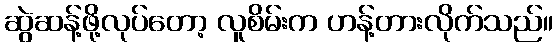
ဆွဲဆန့်ဖို့လုပ်တော့ လူစိမ်းက ဟန့်တားလိုက်သည်။